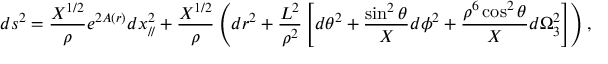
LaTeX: d s ^ { 2 } = \frac { X ^ { 1 / 2 } } { \rho } e ^ { 2 A ( r ) } d x _ { / / } ^ { 2 } + \frac { X ^ { 1 / 2 } } { \rho } \left( d r ^ { 2 } + \frac { L ^ { 2 } } { \rho ^ { 2 } } \left[ d \theta ^ { 2 } + \frac { \sin ^ { 2 } \theta } { X } d \phi ^ { 2 } + \frac { \rho ^ { 6 } \cos ^ { 2 } \theta } { X } d \Omega _ { 3 } ^ { 2 } \right] \right) ,